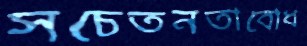
সচেতনতাবোধ